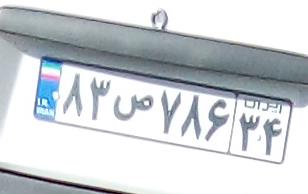
۸۳ص۷۸۶۳۴